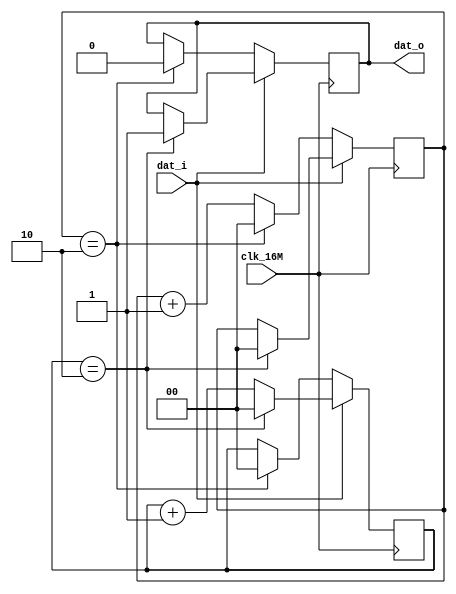
module qudou
(
    input clk_16M,
	 input dat_i,
	 output reg dat_o
);

reg [1:0] h_cnt,l_cnt;
always @(posedge clk_16M)
begin
	if(dat_i)
	begin
		if(h_cnt == 2'd2)
		begin
			h_cnt <= 1'b0;
			l_cnt <= 1'b0;
			dat_o <= 1'b1;
		end
		else begin
			h_cnt <= h_cnt + 1'b1;
		end 
	end
	else begin
		if(l_cnt == 2'd2)
		begin
			l_cnt <= 1'b0;
			h_cnt <= 1'b0;
			dat_o <= 1'b0;
		end
		else begin
			l_cnt <= l_cnt + 1'b1;
		end
		
	end
end

endmodule